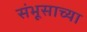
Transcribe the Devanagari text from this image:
संभूसाच्या